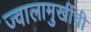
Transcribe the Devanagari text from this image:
ज्वालामुखींची